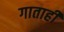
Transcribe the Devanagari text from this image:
गाताही